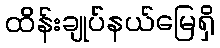
ထိန်းချုပ်နယ်မြေရှိ